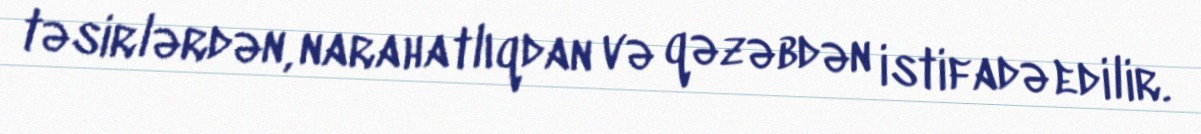
təsirlərdən, narahatlıqdan və qəzəbdən istifadə edilir.